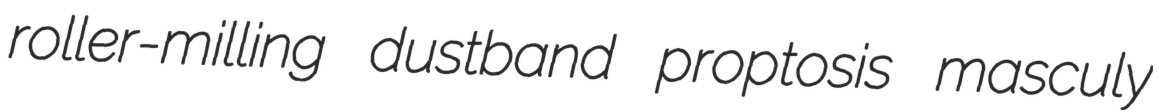
roller-milling dustband proptosis masculy